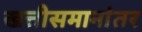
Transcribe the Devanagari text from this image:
खत्तीसमानांतर